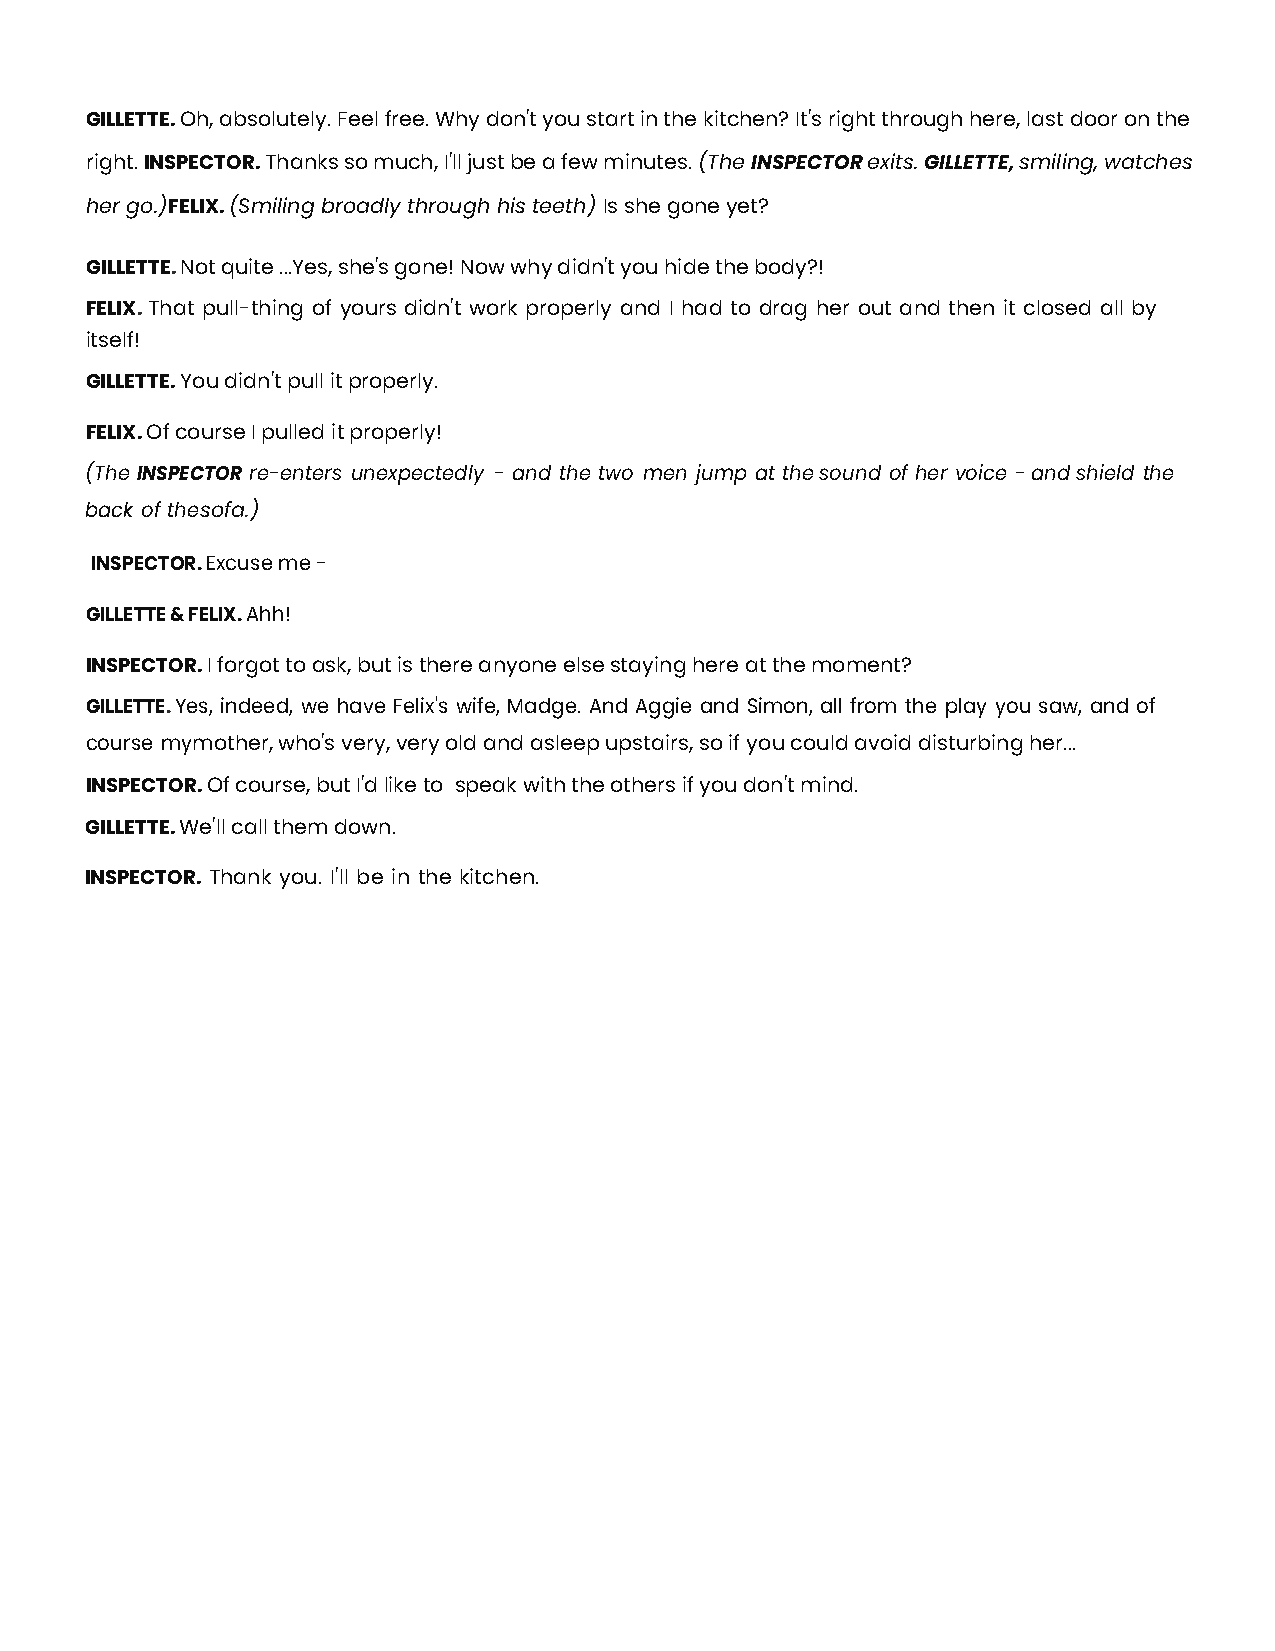
GILLETTE. Oh, absolutely. Feel free. Why don't you start in the kitchen? It's right through here, last door on the
 right. INSPECTOR. Thanks so much, I'll just be a few minutes. (The INSPECTOR exits. GILLETTE, smiling, watches
 her go.) FELIX. (Smiling broadly through his teeth) Is she gone yet?
 GILLETTE. Not quite ...Yes, she's gone! Now why didn't you hide the body?!
 FELIX. That pull-thing of yours didn't work properly and I had to drag her out and then it closed all by
 itself!
 GILLETTE. You didn't pull it properly.
 FELIX. Of course I pulled it properly!
 (The INSPECTOR re-enters unexpectedly - and the two men jump at the sound of her voice - and shield the
 back of the sofa.)
 INSPECTOR. Excuse me -
 GILLETTE & FELIX. Ahh!
 INSPECTOR. I forgot to ask, but is there anyone else staying here at the moment?
 GILLETTE. Yes, indeed, we have Felix's wife, Madge. And Aggie and Simon, all from the play you saw, and of
 course my mother, who's very, very old and asleep upstairs, so if you could avoid disturbing her...
 INSPECTOR. Of course, but I'd like to speak with the others if you don't mind.
 GILLETTE. We'll call them down.
 INSPECTOR. Thank you. I'll be in the kitchen.